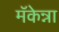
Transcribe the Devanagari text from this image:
मॅकेन्ना